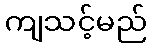
ကျသင့်မည်